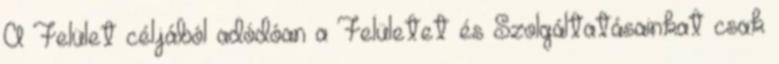
A Felület céljából adódóan a Felületet és Szolgáltatásainkat csak